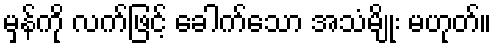
မှန်ကို လက်ဖြင့် ခေါက်သော အသံမျိုး မဟုတ်။